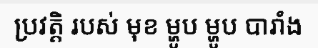
ប្រវត្តិ របស់ មុខ ម្ហូប ម្ហូប បារាំង